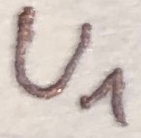
Text: U1